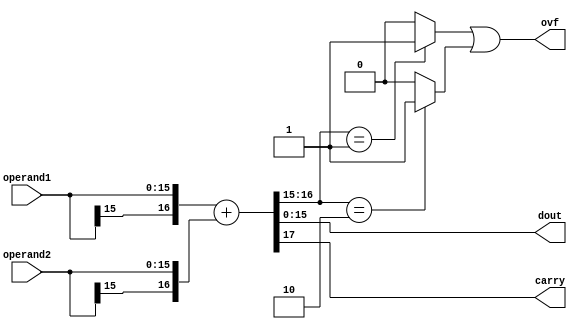
module alu_adder(
  input wire [15:0] operand1,
  input wire [15:0] operand2,
  output wire [15:0] dout,
  output wire ovf,
  output wire carry);
  wire [16:0]      op1;
  wire [16:0]      op2;
  wire ovf_1;
  // wire ovf_2;
  //sign extension
  wire [17:0] result;
  assign op1 = {operand1[15],operand1};
  assign op2 = {operand2[15],operand2};
  
  assign result = op1 + op2;
  assign dout = result[15:0];

  //overflow and carry detection
  assign carry = result[17];
  assign ovf_1 = (result[16:15] == 2'b01) ? 1'b1 : 1'b0;
  assign unf = (result[16:15] == 2'b10) ? 1'b1 : 1'b0;
  assign ovf = ovf_1 || unf;
  // assign ovf_2 = ((op1[15] == 1'b0 && op2[15] == 1'b0 && result[15] == 1'b1) ||
           // (op1[15] == 1'b1 && op2[15] == 1'b1 && result[15] == 1'b0))  ? 1'b1 : 1'b0;
  
  //V set example  
  //0x7fff + 0x7fff = 0xfffe //V=1, C=0 aka unsigned correct but signed is wrong
  //32767 + 32767 = -2 //above in signed  WRONG
  //32767 + 32767 = 65534 //above in unsigned CORRECT
  
  //C set example 
  //0xFFFF + 0x1   = 0 //V = 0, C = 1 aka signed correct but unsigned wrong
  //-1 + 1   = 0 //above in signed CORRECT
  //65535 + 1   = 0 //above in unsigned WRONG
  
  //V and C example
  //0x8000 +  0xE000 = 0x16000
  //32768 +  57344 =  90112 truncates to 24576  //unsigned evaluation wrong carry set as result bigger than 65535
  //-32768 + -8192 = -40960 truncates to  24576 //signed evaluation wrong ovf set
endmodule